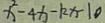
x ^ { 2 } - 4 x - k x - 1 0